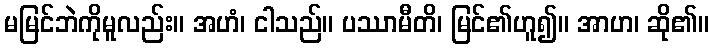
မမြင်ဘဲကိုမူလည်း။ အဟံ၊ ငါသည်။ ပဿာမီတိ၊ မြင်၏ဟူ၍။ အာဟ၊ ဆို၏။